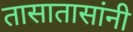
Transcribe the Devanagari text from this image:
तासातासांनी